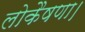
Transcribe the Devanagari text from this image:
लोकैषणा।